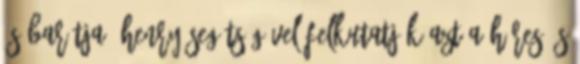
és barátja, Henry segítségével felkutatják azt a híres és